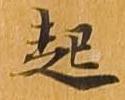
起